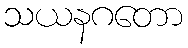
သယနဂတော